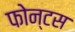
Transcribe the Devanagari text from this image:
फोन्टस